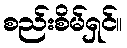
စည်းစိမ်ရှင်။